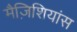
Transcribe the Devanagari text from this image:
मैज़िशियांस